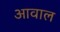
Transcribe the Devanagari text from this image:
आवाल